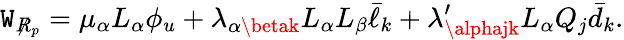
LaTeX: \mathtt{W}_{\not{R}_{p}}=\mu_{\alpha}L_{\alpha}\phi_{u}+\lambda_{\alpha\betak}L_{\alpha}L_{\beta}\bar{{\ell}}_{k}+\lambda_{\alphajk}^{\prime}L_{\alpha}Q_{j}\bar{{d}}_{k}.